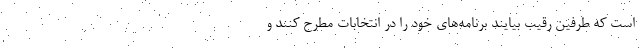
است که طرفین رقیب بیایند برنامه‌های خود را در انتخابات مطرح کنند و